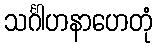
သင်္ဂါဟနာဟေတုံ